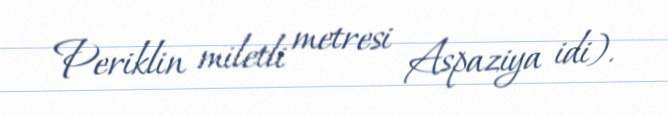
Periklin miletli metresi Aspaziya idi).